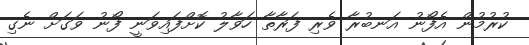
ކުރުމުން އެފޯނު އަނބުރާ ވެރި ފަރާތާ ހަވާލު ކޮށްފައިވަނީ ފޯނު ވަގަށް ނެގި